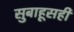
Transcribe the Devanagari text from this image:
सुबाहूसही